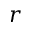
r